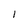
Character: 1